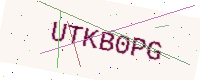
Text: UTKB0PG